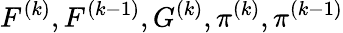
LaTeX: F^{(k)},F^{(k-1)},G^{(k)},\pi^{(k)},\pi^{(k-1)}